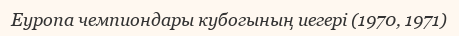
Еуропа чемпиондары кубогының иегері (1970, 1971)